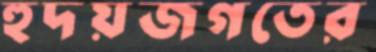
হূদয়জগতের